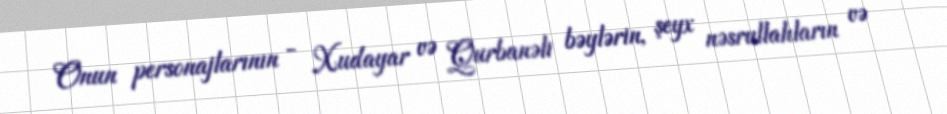
Onun personajlarının - Xudayar və Qurbanəli bəylərin, şeyx nəsrullahların və